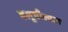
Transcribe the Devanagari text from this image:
बलूचीस्थान